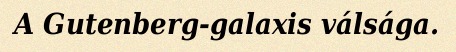
A Gutenberg-galaxis válsága.